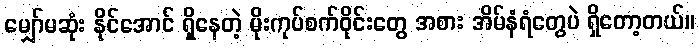
မျှော်မဆုံး နိုင်အောင် ရှိနေတဲ့ မိုးကုပ်စက်ဝိုင်းတွေ အစား အိမ်နံရံတွေပဲ ရှိတော့တယ်။